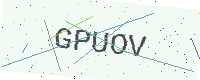
Text: GPUOV